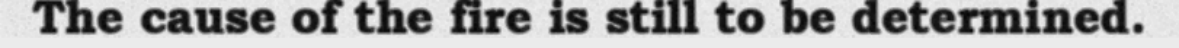
The cause of the fire is still to be determined.